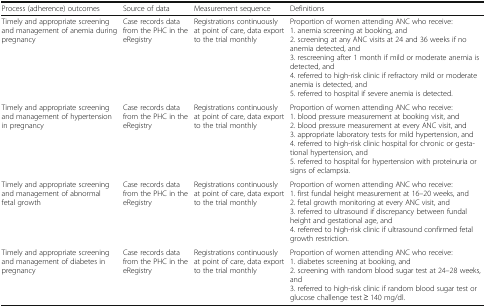
| Process (adherence) outcomes | Source of data | Measurement sequence | Definitions |
 | --- | --- | --- | --- |
 | Timely and appropriate screening and management of anemia during pregnancy | Case records data from the PHC in the eRegistry | Registrations continuously at point of care, data export to the trial monthly | Proportion of women attending ANC who receive:1. anemia screening at booking, and2. screening at any ANC visits at 24 and 36 weeks if no anemia detected, and3. rescreening after 1 month if mild or moderate anemia is detected, and4. referred to high-risk clinic if refractory mild or moderate anemia is detected, and5. referred to hospital if severe anemia is detected. |
 | Timely and appropriate screening and management of hypertension in pregnancy | Case records data from the PHC in the eRegistry | Registrations continuously at point of care, data export to the trial monthly | Proportion of women attending ANC who receive:1. blood pressure measurement at booking visit, and2. blood pressure measurement at every ANC visit, and3. appropriate laboratory tests for mild hypertension, and4. referred to high-risk clinic hospital for chronic or gestational hypertension, and5. referred to hospital for hypertension with proteinuria or signs of eclampsia. |
 | Timely and appropriate screening and management of abnormal fetal growth | Case records data from the PHC in the eRegistry | Registrations continuously at point of care, data export to the trial monthly | Proportion of women attending ANC who receive:1. first fundal height measurement at 16–20 weeks, and2. fetal growth monitoring at every ANC visit, and3. referred to ultrasound if discrepancy between fundal height and gestational age, and4. referred to high-risk clinic if ultrasound confirmed fetal growth restriction. |
 | Timely and appropriate screening and management of diabetes in pregnancy | Case records data from the PHC in the eRegistry | Registrations continuously at point of care, data export to the trial monthly | Proportion of women attending ANC who receive:1. diabetes screening at booking, and2. screening with random blood sugar test at 24–28 weeks, and3. referred to high-risk clinic if random blood sugar test or glucose challenge test ≥ 140 mg/dl. |